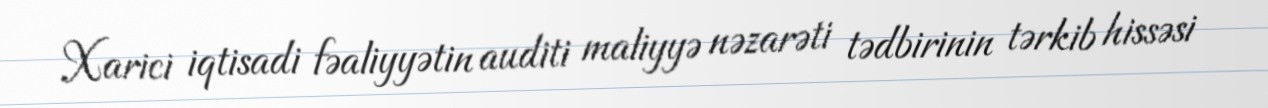
Xarici iqtisadi fəaliyyətin auditi maliyyə nəzarəti tədbirinin tərkib hissəsi